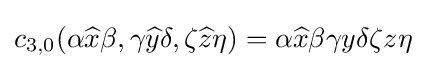
c_{3,0}(\alpha {\widehat {x}}\beta ,\gamma {\widehat {y}}\delta ,\zeta {\widehat {z}}\eta )=\alpha {\widehat {x}}\beta \gamma y\delta \zeta z\eta